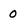
Character: 0